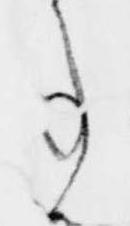
事